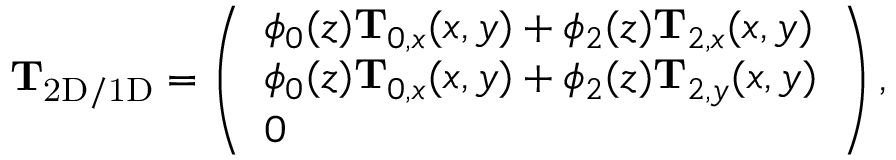
\begin{array} { r } { \mathbf { T } _ { \mathrm { 2 D / 1 D } } = \left( \begin{array} { l } { \phi _ { 0 } ( z ) \mathbf { T } _ { 0 , x } ( x , y ) + \phi _ { 2 } ( z ) \mathbf { T } _ { 2 , x } ( x , y ) } \\ { \phi _ { 0 } ( z ) \mathbf { T } _ { 0 , x } ( x , y ) + \phi _ { 2 } ( z ) \mathbf { T } _ { 2 , y } ( x , y ) } \\ { 0 } \end{array} \right) , } \end{array}